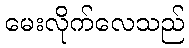
မေးလိုက်လေသည်